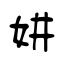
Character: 妌